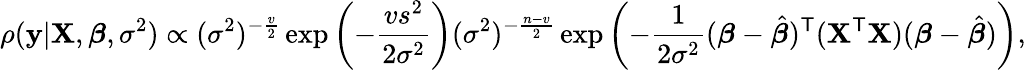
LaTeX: \rho(\mathbf{y}|\mathbf{X},{\boldsymbol{\beta}},\sigma^{2})\propto(\sigma^{2})^{-{\frac{v}{2}}}\exp\left(-{\frac{vs^{2}}{2{\sigma}^{2}}}\right)(\sigma^{2})^{-{\frac{n-v}{2}}}\exp\left(-{\frac{1}{2{\sigma}^{2}}}({\boldsymbol{\beta}}-{\hat{\boldsymbol{\beta}}})^{\mathsf{T}}(\mathbf{X}^{\mathsf{T}}\mathbf{X})({\boldsymbol{\beta}}-{\hat{\boldsymbol{\beta}}})\right),